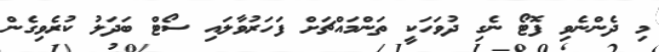
މި ދެންނެވި ފޮޓޯ ނެގި ދުވަހަކީ ތަންމައްޗަށް ފަހަރުވާލައި ސޯޓް ބަދަލު ކުރެވިގެން